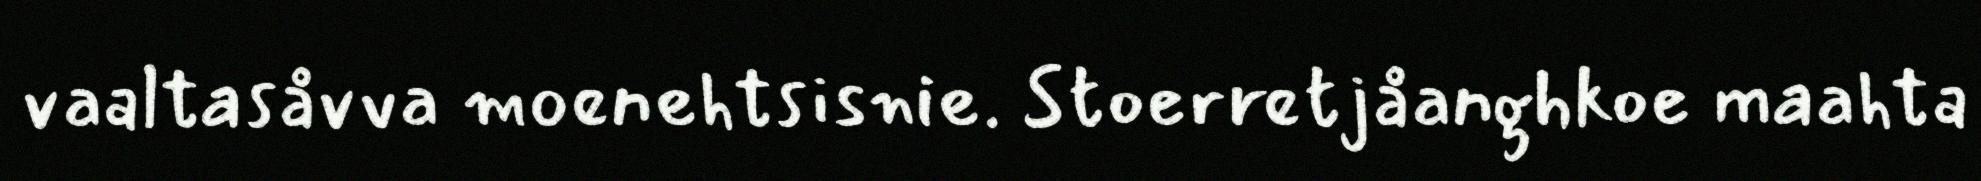
vaaltasåvva moenehtsisnie. Stoerretjåanghkoe maahta